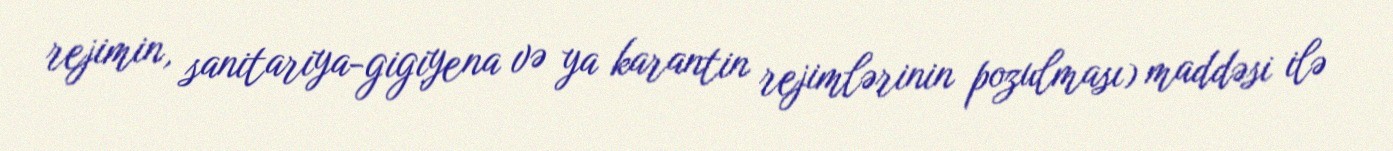
rejimin, sanitariya-gigiyena və ya karantin rejimlərinin pozulması) maddəsi ilə